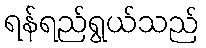
ရန်ရည်ရွယ်သည်